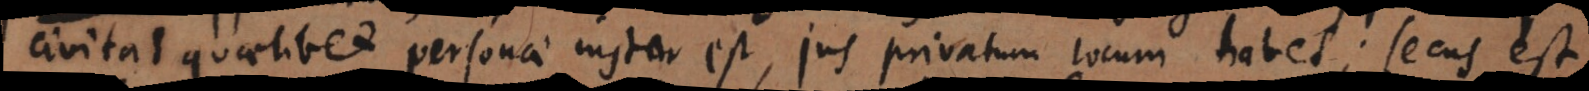
civitas quaelibet personae instar est, jus privatum locum habet; secus est